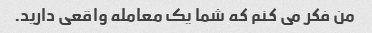
من فکر می کنم که شما یک معامله واقعی دارید.